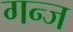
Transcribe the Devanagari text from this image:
गन्ज